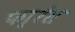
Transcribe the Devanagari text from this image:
फा्रंस